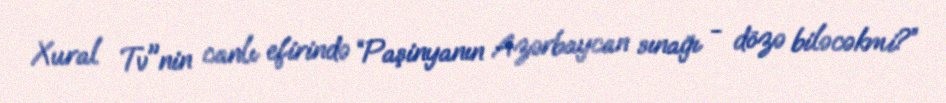
Xural Tv"nin canlı efirində “Paşinyanın Azərbaycan sınağı - dözə biləcəkmi?”